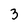
Character: 3